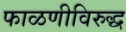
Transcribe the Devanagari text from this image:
फाळणीविरुद्ध